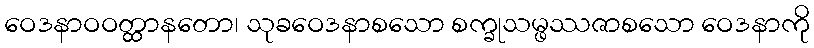
ဝေဒနာဝဝတ္ထာနတော၊ သုခဝေဒနာစသော စက္ခုသမ္ဖဿဇာစသော ဝေဒနာကို